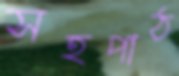
সহপাঠ